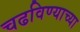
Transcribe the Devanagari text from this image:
चढविण्याच्या